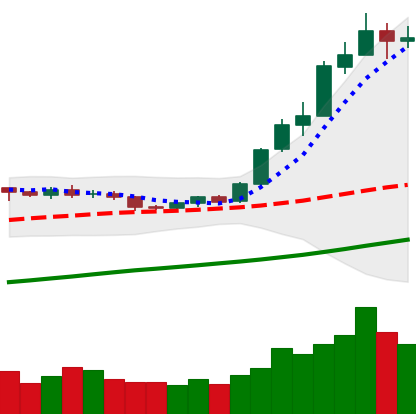
Ticker: ETH-USD
Chart end date: 2020-07-29
Forward return: 21.404%
Label: up_7plus